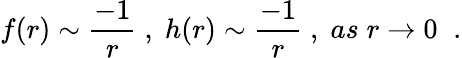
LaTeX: f(r)\sim\frac{-1}{r}\; ,\; h(r)\sim\frac{-1}{r}\; ,\; as\; r\rightarrow 0\; \; .